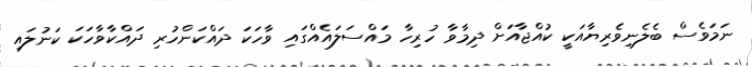
ނަމަވެސް ބެލެނިވެރިޔާއަކީ ކުއްޖާއަށް ދިމާވާ ހުރިހާ މައްސަލައެއްގައި ވާހަކަ ދައްކަންހުރި ދައްކާވާހަކަ ކަނުލައި